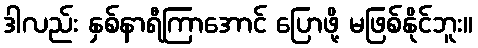
ဒါလည်း နှစ်နာရီကြာအောင် ပြောဖို့ မဖြစ်နိုင်ဘူး။